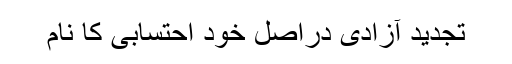
تجدید آزادی دراصل خود احتسابی کا نام